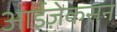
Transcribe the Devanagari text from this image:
आईज़ेकसन